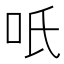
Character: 𭇇